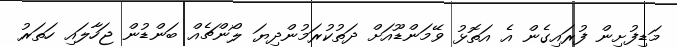
މަޑިފުށިން ފުރައިގެން އެ އަތޮޅު ވޭމަންޑޫއަށް ދަތުކުރަމުންދިޔަ ލޯންޗެއް ބަންޑުން ޖަހާލައި ހަތަަރު